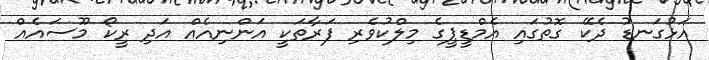
އަޅުގަނޑު ދެކޭ ގޮތުގައި އެމްޑީޕީގެ މިލްކުވެރި ފަރާތަކީ އަންނިއެއް އަދި ރީކޯ މޫސައެއް